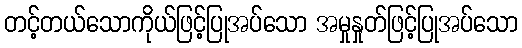
တင့်တယ်သောကိုယ်ဖြင့်ပြုအပ်သော အမှုနှုတ်ဖြင့်ပြုအပ်သော